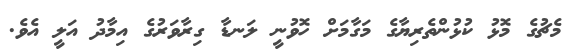
މެޗުގެ މޮޅު ކުޅުންތެރިޔާގެ މަގާމަށް ހޮވުނީ ލަނޑާ ގިރާވަރުގެ އިމާދު އަލީ އެވެ.